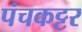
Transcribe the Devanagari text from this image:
पंचकट्टर